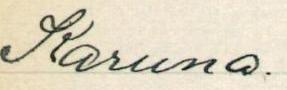
Karuna.